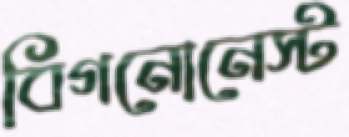
বিগনোনেস্ট